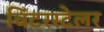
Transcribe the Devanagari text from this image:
विंटरस्टेलर